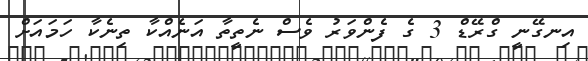
އިނގޭނީ ގްރޭޑް 3 ގެ ފެންވަރު ވެސް ނެތީތާ އަނެއްކާ ތިނެކާ ހަމައަށް